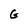
Character: G